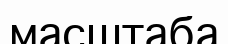
масштаба